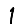
Digit: 1